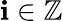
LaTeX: \mathbf{i}\in\mathbb{Z}